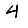
Digit: 4